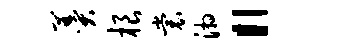
羹根裳湘“